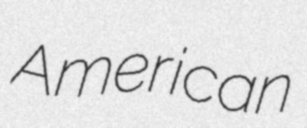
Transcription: American